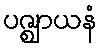
ပဇ္ဈာယနံ